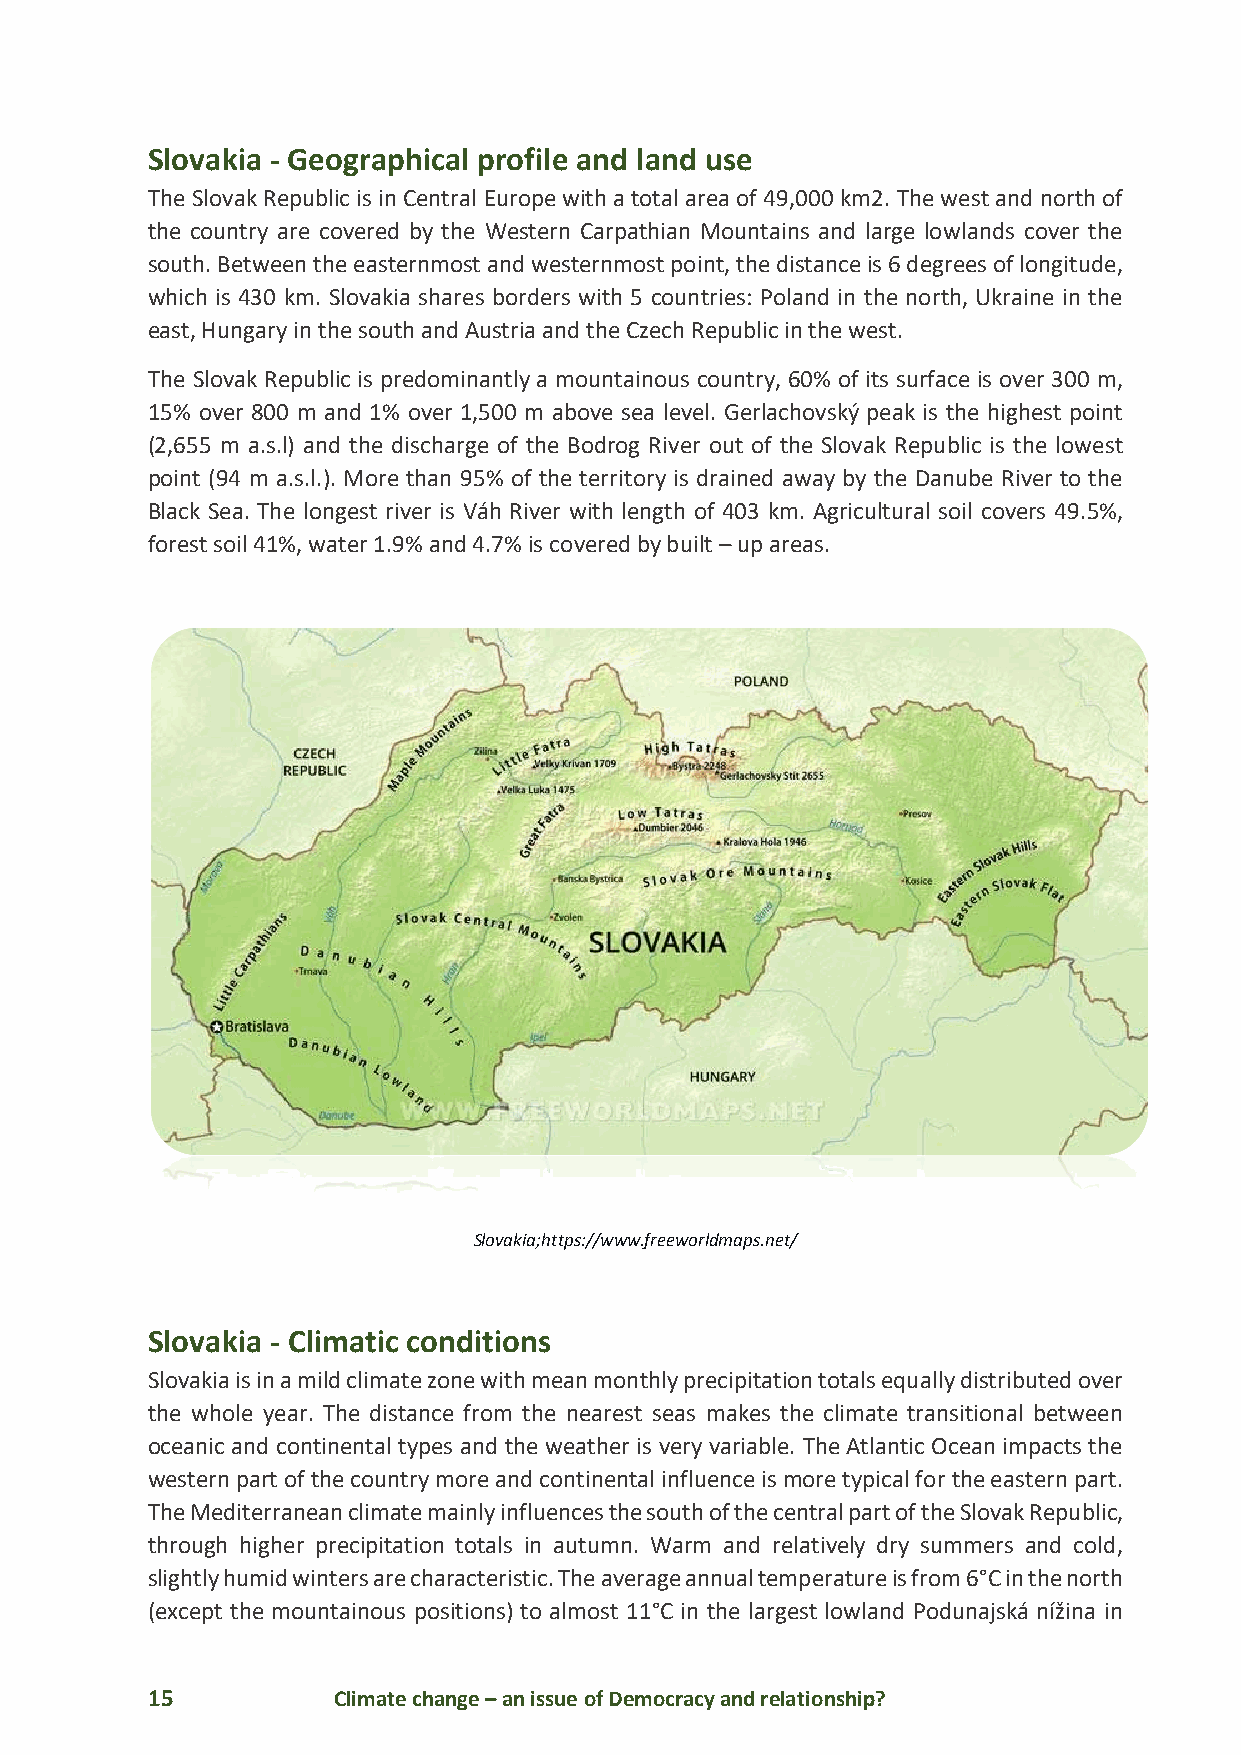
Slovakia - Geographical profile and land use
 The Slovak Republic is in Central Europe with a total area of 49,000 km2. The west and north of
 the country are covered by the Western Carpathian Mountains and large lowlands cover the
 south. Between the easternmost and westernmost point, the distance is 6 degrees of longitude,
 which is 430 km. Slovakia shares borders with 5 countries: Poland in the north, Ukraine in the
 east, Hungary in the south and Austria and the Czech Republic in the west.
 The Slovak Republic is predominantly a mountainous country, 60% of its surface is over 300 m,
 15% over 800 m and 1% over 1,500 m above sea level. Gerlachovský peak is the highest point
 (2,655 m a.s.l) and the discharge of the Bodrog River out of the Slovak Republic is the lowest
 point (94 m a.s.l.). More than 95% of the territory is drained away by the Danube River to the
 Black Sea. The longest river is Váh River with length of 403 km. Agricultural soil covers 49.5%,
 forest soil 41%, water 1.9% and 4.7% is covered by built – up areas.
 Slovakia;https://www.freeworldmaps.net/
 Slovakia - Climatic conditions
 Slovakia is in a mild climate zone with mean monthly precipitation totals equally distributed over
 the whole year. The distance from the nearest seas makes the climate transitional between
 oceanic and continental types and the weather is very variable. The Atlantic Ocean impacts the
 western part of the country more and continental influence is more typical for the eastern part.
 The Mediterranean climate mainly influences the south of the central part of the Slovak Republic,
 through higher precipitation totals in autumn. Warm and relatively dry summers and cold,
 slightly humid winters are characteristic. The average annual temperature is from 6°C in the north
 (except the mountainous positions) to almost 11°C in the largest lowland Podunajská nížina in
 15          Climate change – an issue of Democracy and relationship?